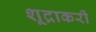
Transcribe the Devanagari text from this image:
शूद्राकरी